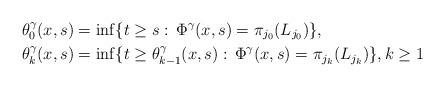
LaTeX: \begin{align*}&\theta^\gamma_{0}(x,s)=\inf\{t\ge s:\, \Phi^{\gamma}(x,s)=\pi_{j_0} (L_{j_0})\}, \\&\theta^\gamma_{k}(x,s)=\inf\{t\ge \theta^\gamma_{k-1}(x,s):\, \Phi^{\gamma}(x,s)=\pi_{j_k} (L_{j_k})\},k\geq 1\end{align*}